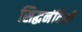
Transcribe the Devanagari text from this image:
सिद्धनंदिनी